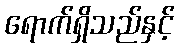
ရောက်ရှိသည်နှင့်